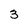
Character: 3